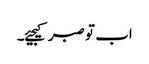
اب تو صبر کیجیئے۔